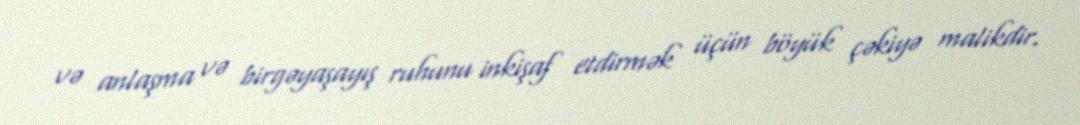
və anlaşma və birgəyaşayış ruhunu inkişaf etdirmək üçün böyük çəkiyə malikdir.